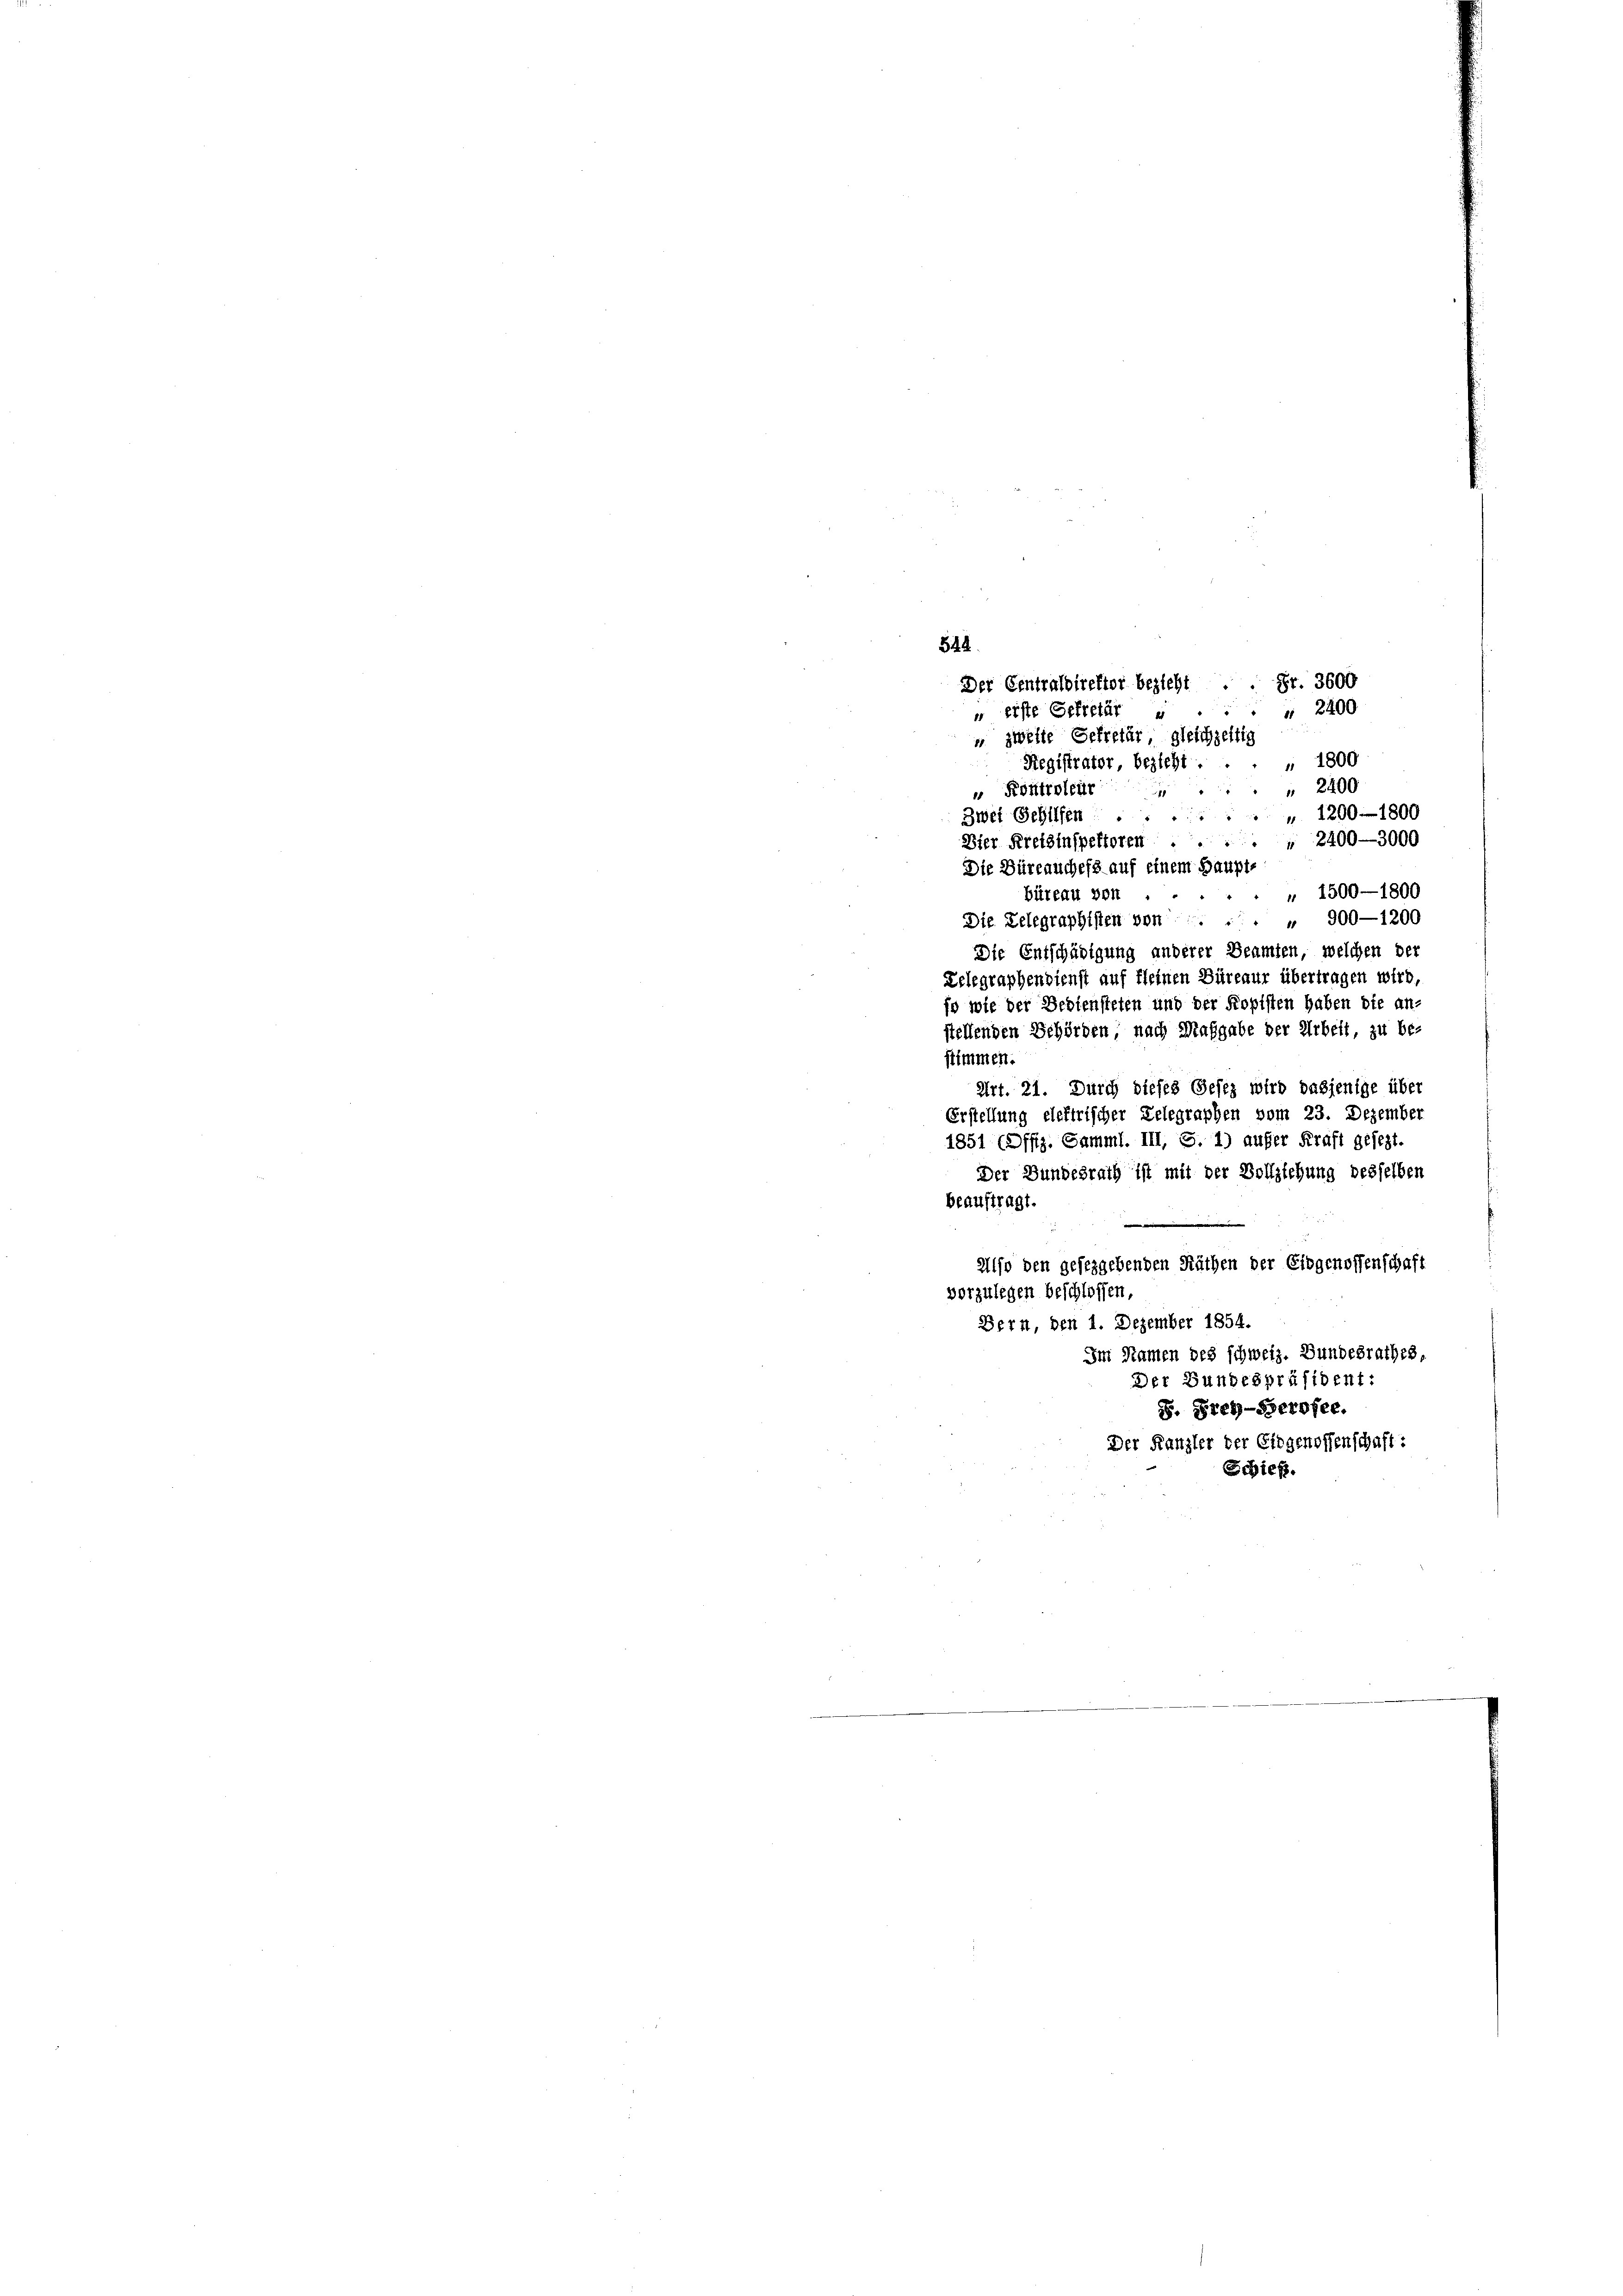
548
u erste Sekretär

Der Centraldirektor bezieht . . Fr. 3600
u zweite Sekretär, gleichzeitig
Registrator bezieht.... 1800
" 2400
 Kontroleur
" 1200 - 1800
Zwei Schilfen
" 2400-3000
Bier Kreisinspektoren ...
Die Büreauchefs auf einem Haupt-
" 1500—1800
büreau von ....
Die Relegraphisten von 900-1200
Die Entschädigung anderer Beamten, welchen der
Zelegraphendienst auf Kleinen Büreaur übertragen wird,
so wie der Bediensteten und der Kopisten haben die an-
stellenden Behörden nach Maßgabe der Arbeit, zu be-
stimmen.
Art. 21. Durch dieses Gesez wird dasjenige über
Erstellung elektrischer Belegraphen vom 23. Dezember
1851 (Offiz. Samml. III, S. 1) aufer Kraft gesezt.
Der Bundesrath ist mit der Vollziehung desselben
beauftragt.
e
Also den gesetzgebenden Räthen der Eidgenossenschaft
vorzulegen beschlossen,
Bern, den 1. Dezember 1854.
Im Namen des schweiz. Bundesrathes,
Der Bundespräsident:
S. Frey-Serofee.
Der Kanzler der Eidgenossenschaft:
Schieß.

2400